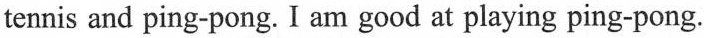
tennis and ping-pong. I am good at playing ping-pong.